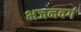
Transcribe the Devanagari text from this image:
भजनवर्ग